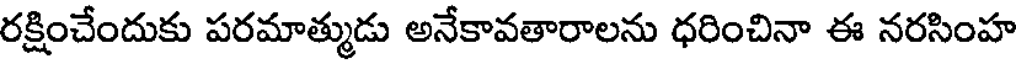
రక్షించేందుకు పరమాత్ముడు అనేకావతారాలను ధరించినా ఈ నరసింహ